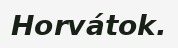
Horvátok.